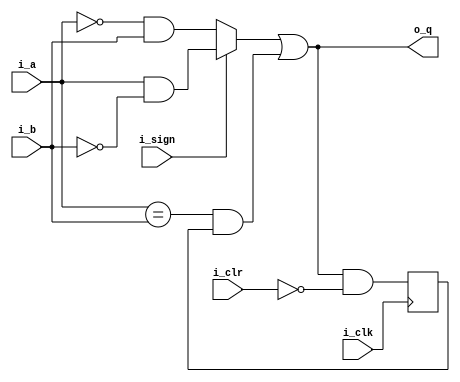
`default_nettype none
module ser_lt
  (
   input wire  i_clk,
   input wire  i_a,
   input wire  i_b,
   input wire  i_clr,
   input wire  i_sign,
   output wire o_q);

   reg        lt_r;

   wire       lt = (i_sign ? (i_a & ~i_b) : (~i_a & i_b)) | ((i_a == i_b) & lt_r);
   assign o_q = lt;

   always @(posedge i_clk) begin
      lt_r <= lt & ~i_clr;
   end

endmodule